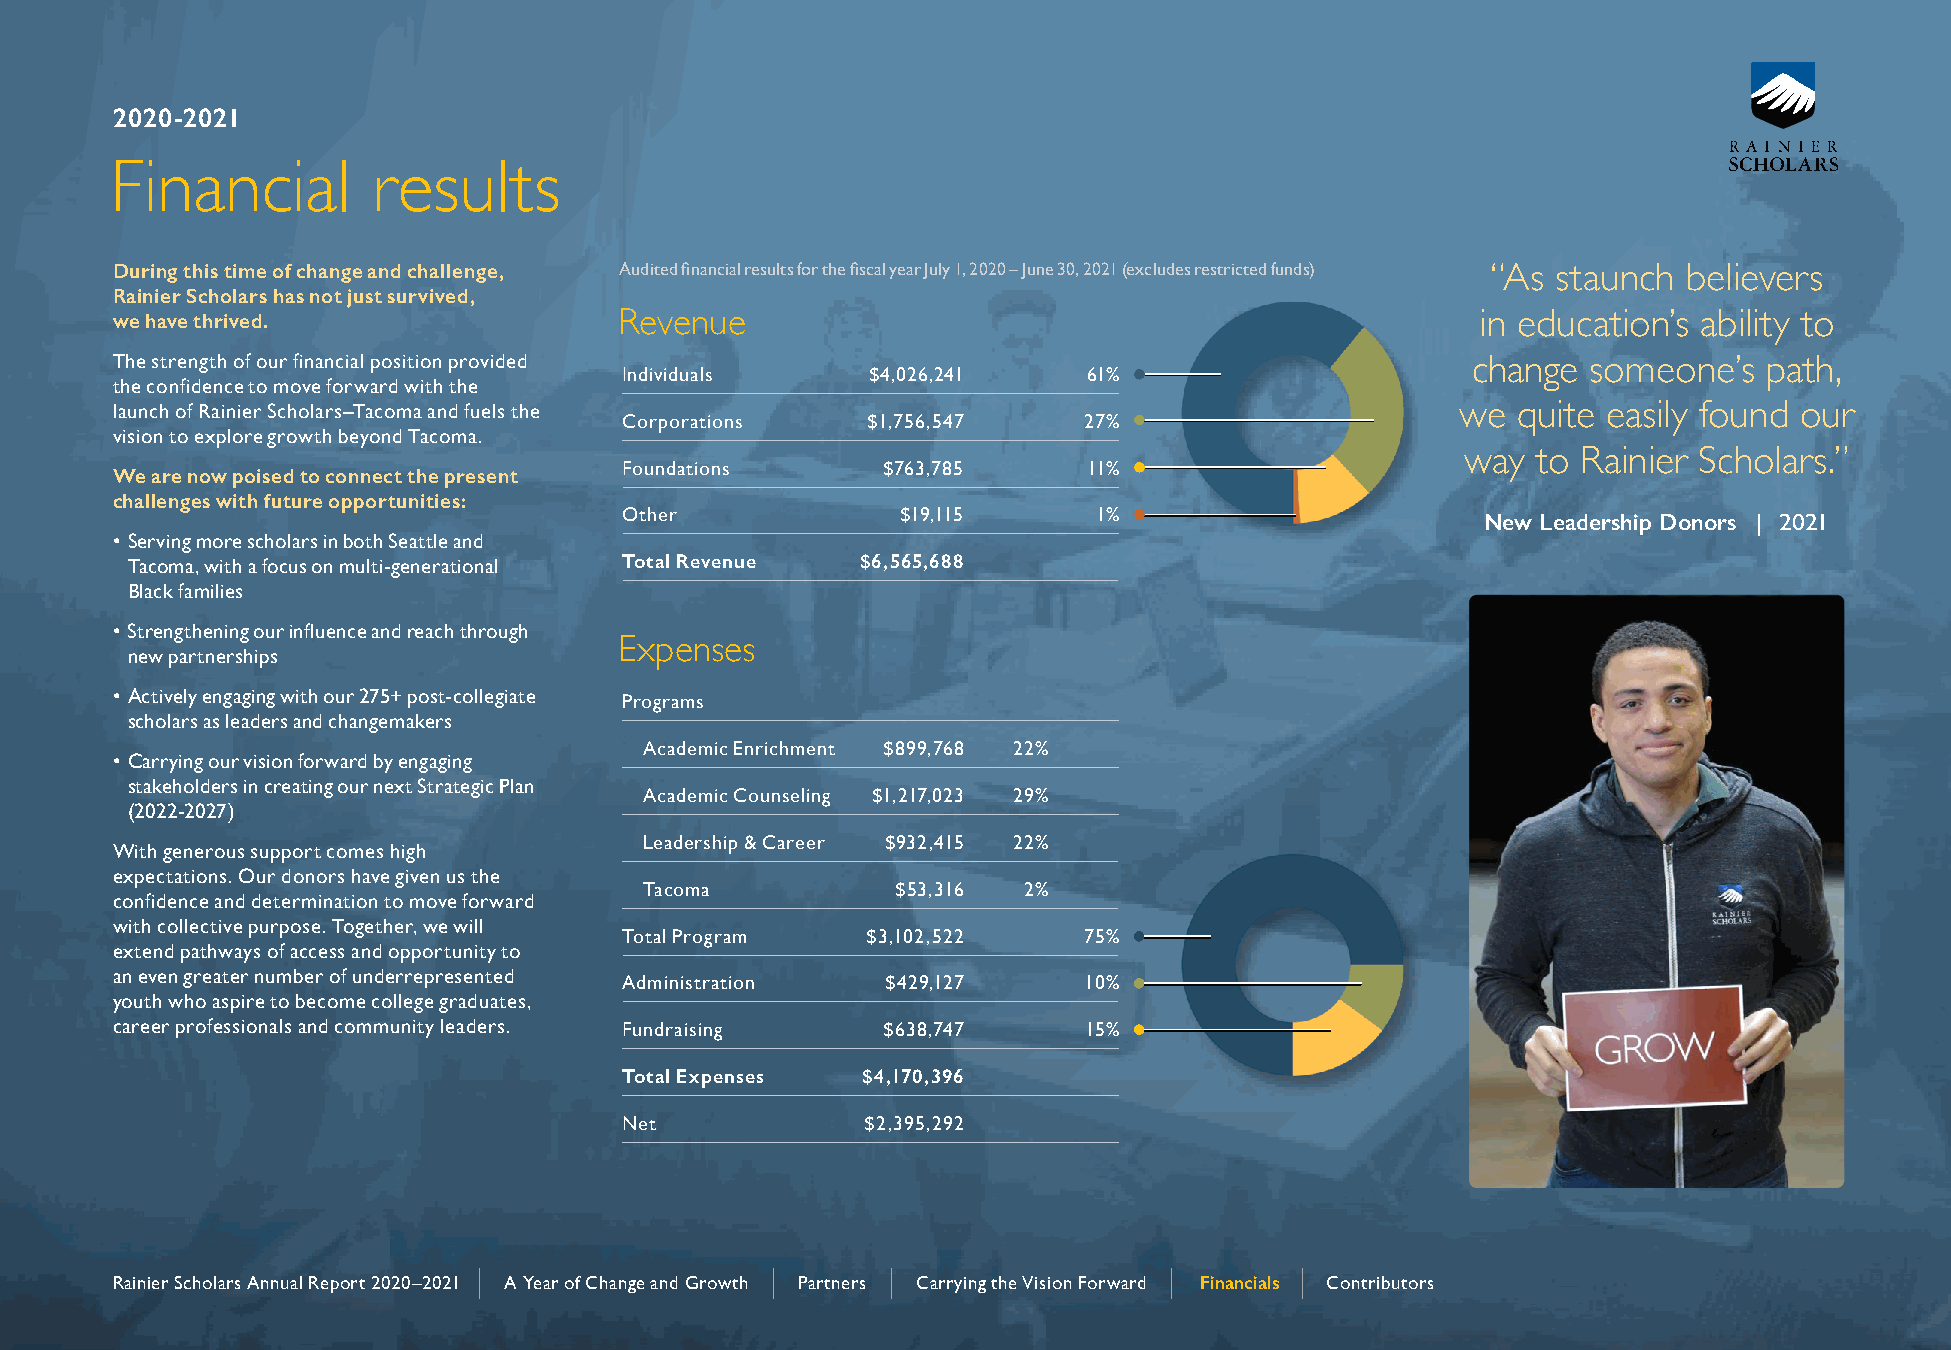
2020-2021
 Financial         results
 During this time of change and challenge, Audited financial results for the fiscal year July 1, 2020 – June 30, 2021 (excludes restricted funds) “As staunch believers
 Rainier Scholars has not just survived,
 we have thrived.                  Revenue                                                  in education’s ability to
 The strength of our financial position provided                                           change  someone’s   path,
 Individuals      $4,026,241    61%
 the confidence to move forward with the
 launch of Rainier Scholars–Tacoma and fuels the                                           we quite easily found our
 Corporations    $1,756,547     27%
 vision to explore growth beyond Tacoma.
 way  to Rainier Scholars.”
 Foundations      $763,785      11%
 We are now poised to connect the present
 challenges with future opportunities:
 Other              $19,115      1%                       New Leadership Donors | 2021
 • Serving more scholars in both Seattle and
 Tacoma, with a focus on multi-generational Total Revenue $6,565,688
 Black families
 • Strengthening our influence and reach through
 Expenses
 new partnerships
 • Actively engaging with our 275+ post-collegiate
 Programs
 scholars as leaders and changemakers
 Academic Enrichment $899,768 22%
 • Carrying our vision forward by engaging
 stakeholders in creating our next Strategic Plan
 Academic Counseling $1,217,023 29%
 (2022-2027)
 Leadership & Career $932,415 22%
 With generous support comes high
 expectations. Our donors have given us the
 Tacoma           $53,316  2%
 confidence and determination to move forward
 with collective purpose. Together, we will
 Total Program   $3,102,522     75%
 extend pathways of access and opportunity to
 an even greater number of underrepresented
 Administration    $429,127     10%
 youth who aspire to become college graduates,
 career professionals and community leaders. Fundraising $638,747 15%
 Total Expenses  $4,170,396
 Net             $2,395,292
 ||                 ||      ||                ||       ||
 RRaaiinniieerr SScchhoollaarrss AAnnnnuuaall RReeppoorrtt 22002200––22002211 AA YYeeaarr ooff CChhaannggee aanndd GGrroowwtthh PPaarrttnneerrss CCaarrrryyiinngg tthhee VViissiioonn FFoorrwwaarrdd FFiinnaanncciiaallss CCoonnttrriibbuuttoorrss